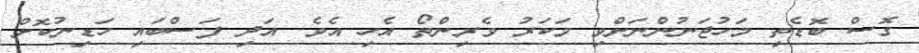
ގޮސް ބޮޑެތި މަހުޖަނުންނަށްވި މަކަރު ވެރިންތޯ އެހި އެވެ. އަދި ފަސްބައި ހަޑިނުކޮށް